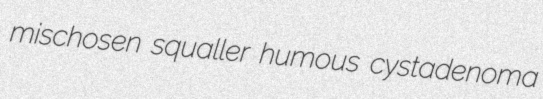
mischosen squaller humous cystadenoma